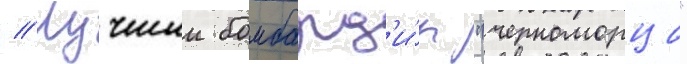
// Лучшии бомбард'и́р "черноморца"